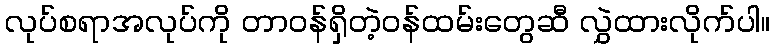
လုပ်စရာအလုပ်ကို တာဝန်ရှိတဲ့ဝန်ထမ်းတွေဆီ လွှဲထားလိုက်ပါ။